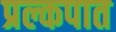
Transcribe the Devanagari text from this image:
प्रल्कपात